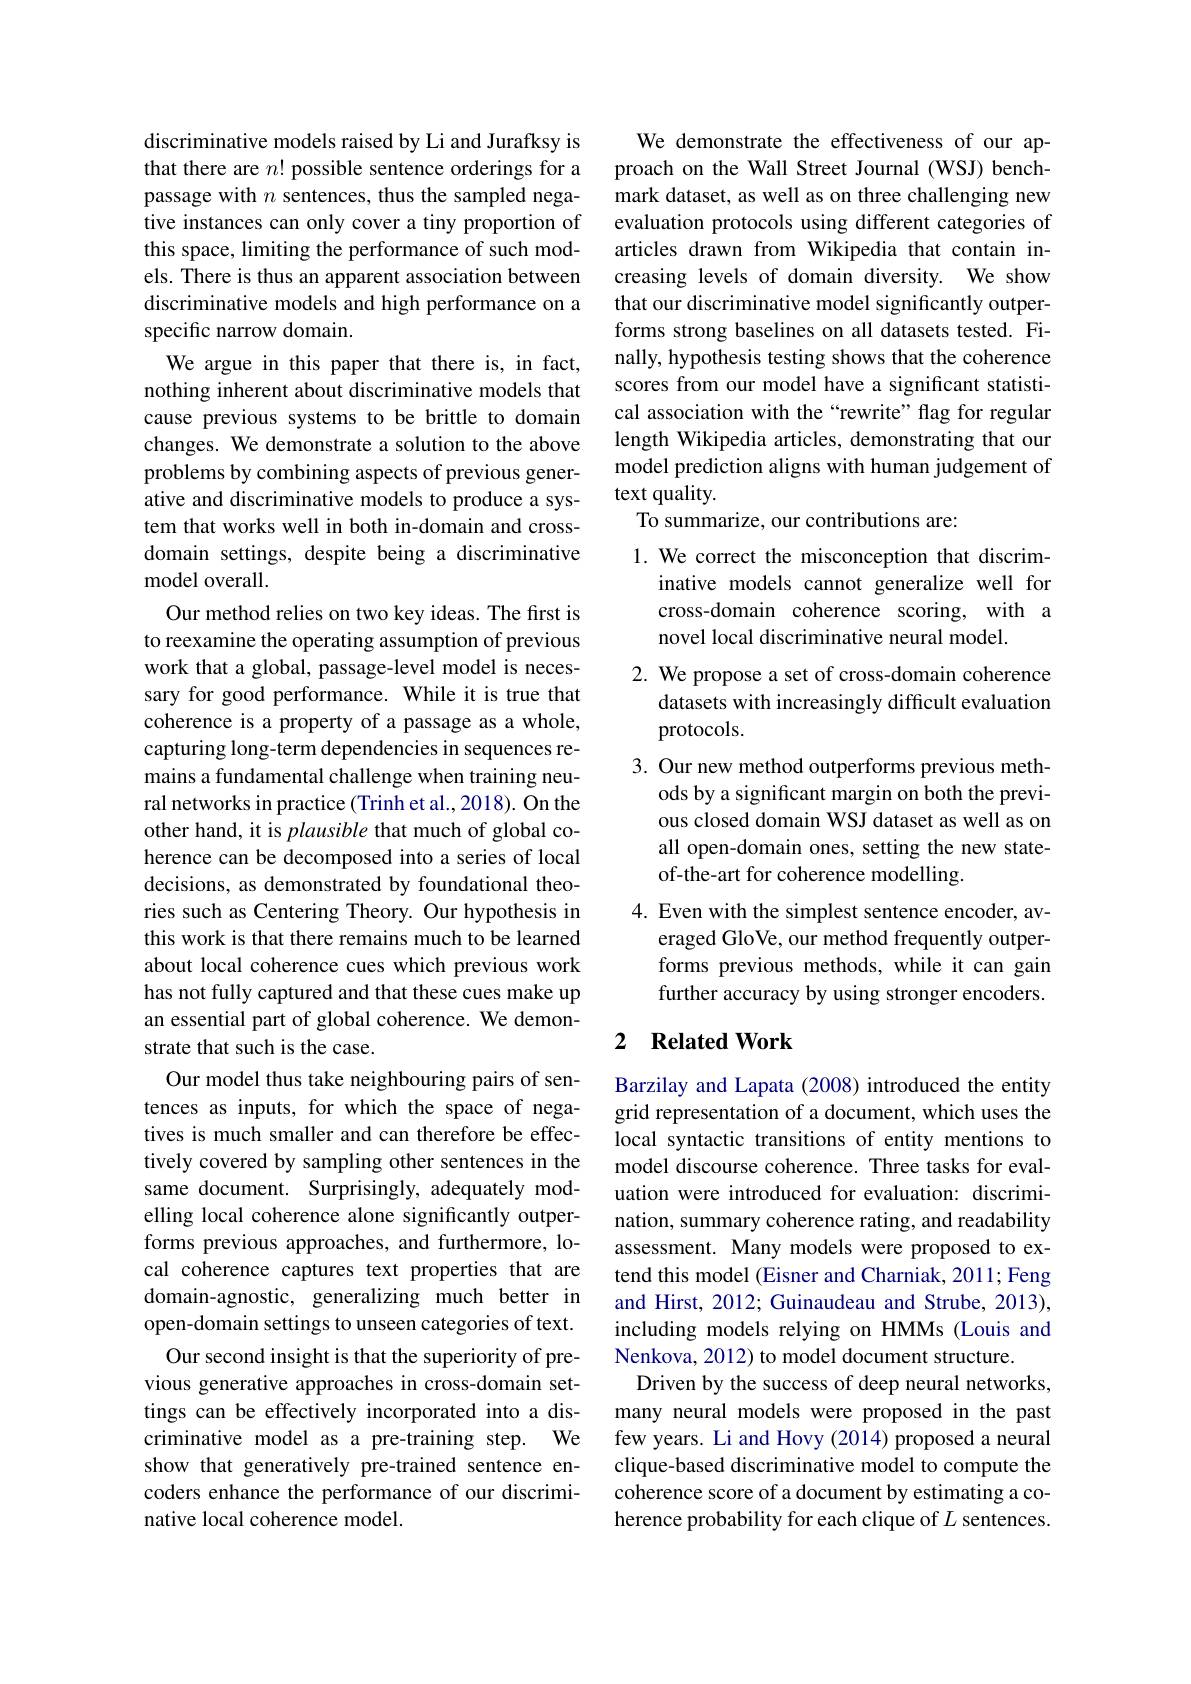
discriminative models raised by Li and Jurafksy is that there are $n!$ possible sentence orderings for a passage with $n$ sentences, thus the sampled negative instances can only cover a tiny proportion of this space, limiting the performance of such models. There is thus an apparent association between discriminative models and high performance on a specific narrow domain.
We argue in this paper that there is, in fact, nothing inherent about discriminative models that cause previous systems to be brittle to domain changes. We demonstrate a solution to the above problems by combining aspects of previous generative and discriminative models to produce a system that works well in both in-domain and crossdomain settings, despite being a discriminative model overall.
Our method relies on two key ideas. The first is to reexamine the operating assumption of previous work that a global, passage-level model is necessary for good performance. While it is true that coherence is a property of a passage as a whole, capturing long-term dependencies in sequences remains a fundamental challenge when training neural networks in practice (Trinh et al.,2018). On the other hand, it is plausible that much of global coherence can be decomposed into a series of local decisions, as demonstrated by foundational theories such as Centering Theory. Our hypothesis in this work is that there remains much to be learned about local coherence cues which previous work has not fully captured and that these cues make up an essential part of global coherence. We demonstrate that such is the case.
Our model thus take neighbouring pairs of sentences as inputs, for which the space of negatives is much smaller and can therefore be effectively covered by sampling other sentences in the same document. Surprisingly, adequately modelling local coherence alone significantly outperforms previous approaches, and furthermore, local coherence captures text properties that are domain-agnostic, generalizing much better in open-domain settings to unseen categories of text. Our second insight is that the superiority of pre-
vious generative approaches in cross-domain settings can be effectively incorporated into a discriminative model as a pre-training step. We show that generatively pre-trained sentence encoders enhance the performance of our discriminative local coherence model.

We demonstrate the effectiveness of our approach on the Wall Street Journal (WSJ) benchmark dataset, as well as on three challenging new evaluation protocols using different categories of articles drawn from Wikipedia that contain increasing levels of domain diversity. We show that our discriminative model significantly outperforms strong baselines on all datasets tested. Finally, hypothesis testing shows that the coherence scores from our model have a significant statistical association with the“rewrite”flag for regular length Wikipedia articles, demonstrating that our model prediction aligns with human judgement of text quality
To summarize, our contributions are:

1. We correct the misconception that discrim-
inative models cannot generalize well for cross-domain coherence scoring, with a novel local discriminative neural model.
2. We propose a set of cross-domain coherence
datasets with increasingly difficult evaluation
protocols.
3. Our new method outperforms previous meth-
ods by a significant margin on both the previous closed domain WSJ dataset as well as on all open-domain ones, setting the new stateof-the-art for coherence modelling.
4. Even with the simplest sentence encoder, av-
eraged GloVe, our method frequently outperforms previous methods, while it can gain further accuracy by using stronger encoders.

## 2 $\textbf{Related Work}$

Barzilay and Lapata (2008) introduced the entity grid representation of a document, which uses the local syntactic transitions of entity mentions to model discourse coherence. Three tasks for evaluation were introduced for evaluation: discrimination, summary coherence rating, and readability assessment. Many models were proposed to extend this model (Eisner and Charniak, 2011; Feng and Hirst, 2012; Guinaudeau and Strube, 2013), including models relying on HMMs (Louis and Nenkova, 2012) to model document structure.
Driven by the success of deep neural networks, many neural models were proposed in the past few years. Li and Hovy (2014) proposed a neural clique-based discriminative model to compute the coherence score of a document by estimating a coherence probability for each clique of $L$ sentences.